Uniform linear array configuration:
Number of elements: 64
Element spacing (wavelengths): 1
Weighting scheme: binomial
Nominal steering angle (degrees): -15
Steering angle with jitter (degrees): -13.424
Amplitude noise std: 0.05
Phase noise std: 0.05

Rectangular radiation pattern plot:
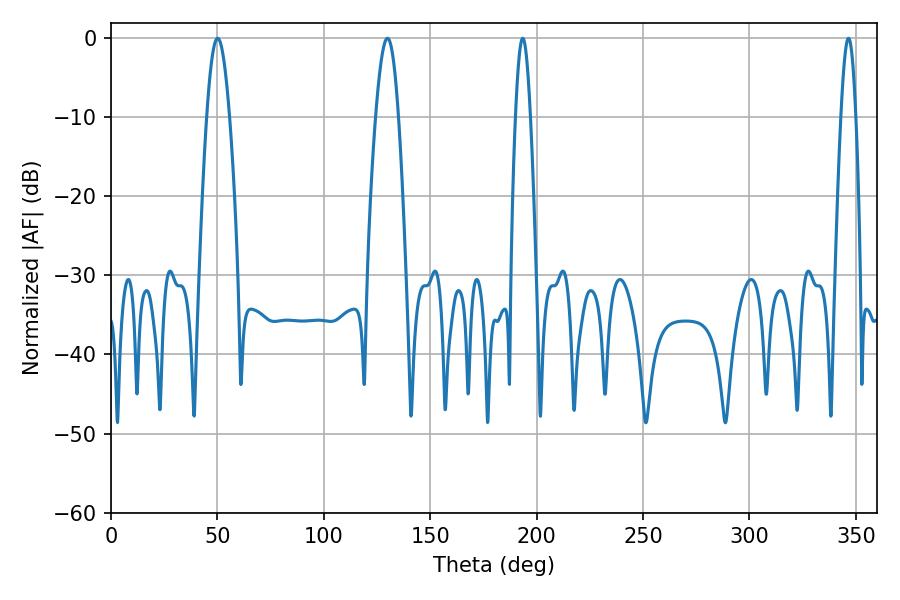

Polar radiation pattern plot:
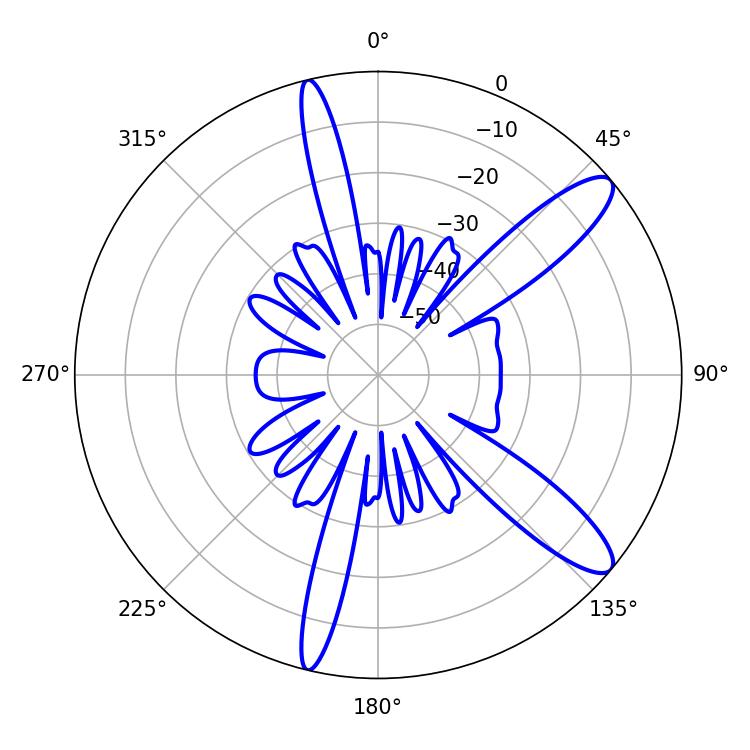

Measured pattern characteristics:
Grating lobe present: TRUE
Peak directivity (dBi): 11.702
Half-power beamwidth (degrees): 3.6
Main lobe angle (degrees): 193.5